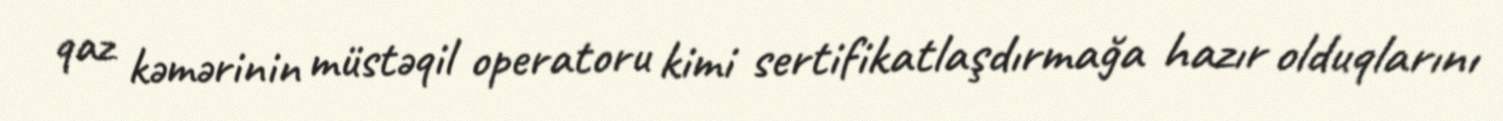
qaz kəmərinin müstəqil operatoru kimi sertifikatlaşdırmağa hazır olduqlarını